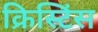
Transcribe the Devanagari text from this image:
क्रिस्टिंस